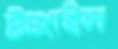
টাঙ্গাইল